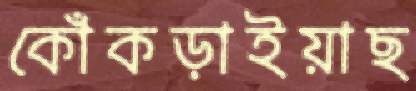
কোঁকড়াইয়াছ